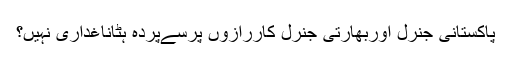
پاکستانی جنرل اوربھارتی جنرل کاررازوں پرسےپردہ ہٹاناغداری نہیں؟